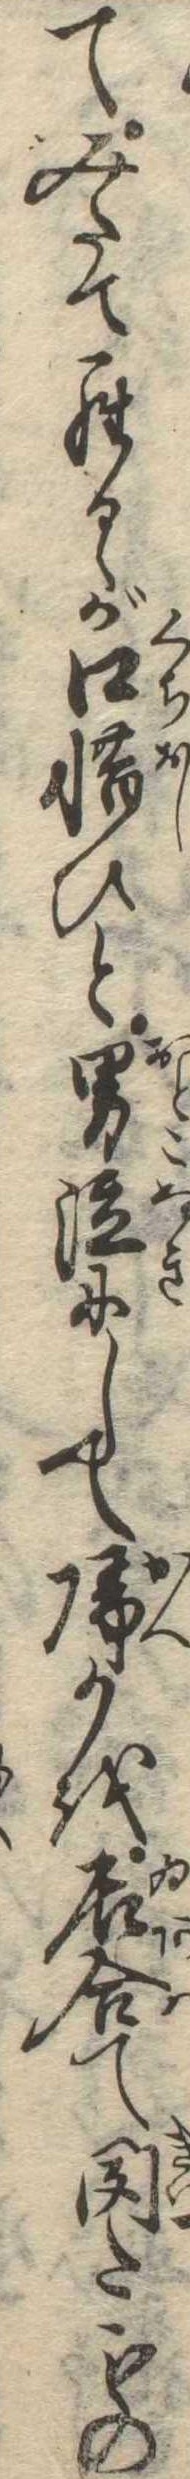
てみたてらるゝが口惜ひと男泣にして帰るを居合て聞たもの